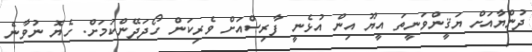
ދުންޔާއަށް ޔަޤީންވަނީތަ އީޔޫ އިން އުޅެނީ ފާރިސްއަށް ވެރިކަން ހޯދަދޭންކަމަށް. ހެޔޮ ނުވާނެ